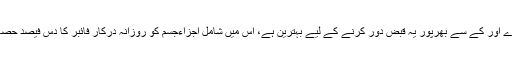
ٹماٹروٹامن سی، اے اور کے سے بھرپور یہ قبض دور کرنے کے لیے بہترین ہے، اس میں شامل اجزاءجسم کو روزانہ درکار فائبر کا دس فیصد حصہ فراہم کرتے ہیں۔